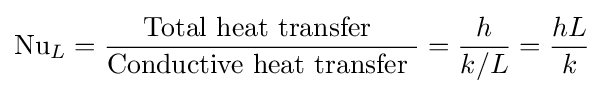
\mathrm {Nu} _{L}={\frac {\mbox{Total heat transfer }}{\mbox{Conductive heat transfer }}}={\frac {h}{k/L}}={\frac {hL}{k}}